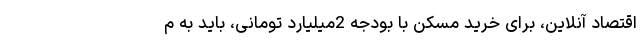
اقتصاد آنلاین، برای خرید مسکن با بودجه 2میلیارد تومانی، باید به م